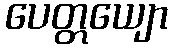
ပေတ္တယျော